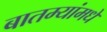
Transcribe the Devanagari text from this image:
बातम्यांमधे